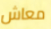
معاش